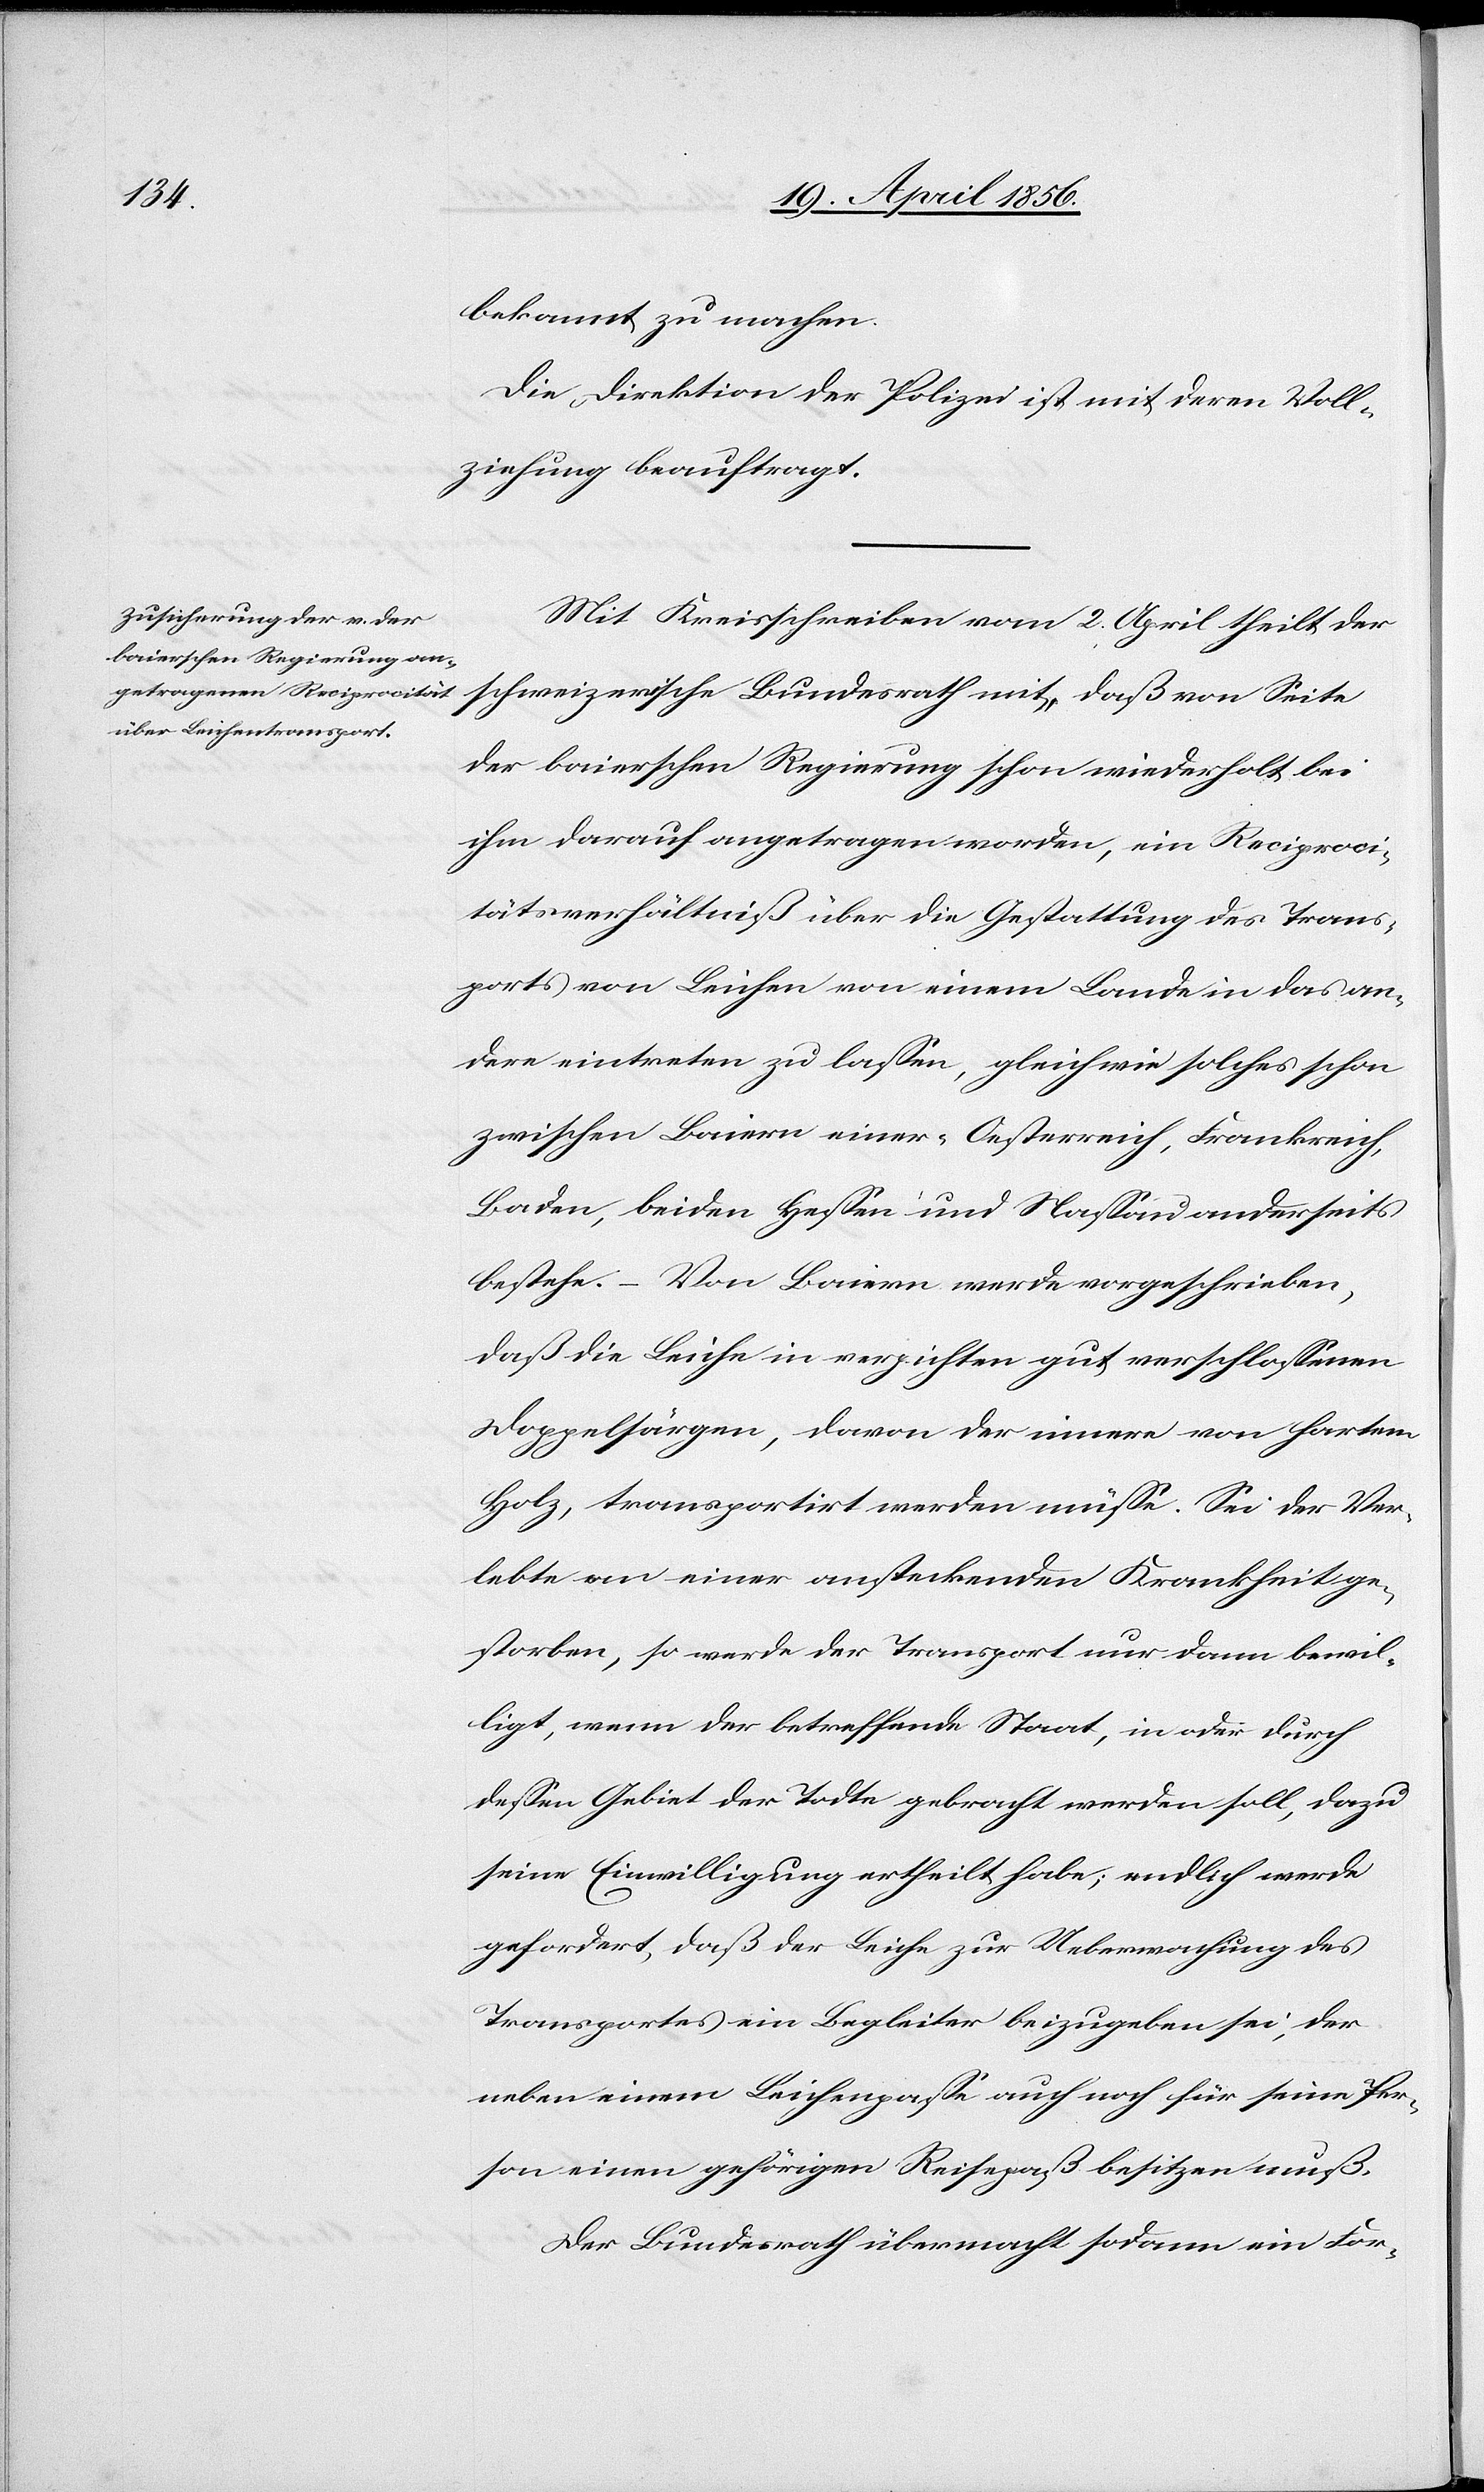
bekannt zu machen.
Die Direktion der Polizei ist mit deren Voll¬
ziehung beauftragt.
Mit Kreisschreiben vom 2. April theilt der
schweizerische Bundesrath mit, daß von Seite
der baierschen Regierung schon wiederholt bei
ihm darauf angetragen worden, ein Reciproci¬
tätsverhältniß über die Gestattung des Trans¬
ports von Leichen von einem Lande in das an¬
dere eintreten zu lassen, gleichwie solches schon
zwischen Baiern einer-[,] Oesterreich, Frankreich,
Baden, beiden Hessen und Nassau anderseits
bestehe. – Von Baiern werde vorgeschrieben,
daß die Leiche in verpichten gut verschlossenen
Doppelsärgen, davon der innere von hartem
Holz, transportirt werden müsse. Sei der Ver¬
lebte an einer ansteckenden Krankheit ge¬
storben, so werde der Transport nur dann bewil¬
ligt, wenn der betreffende Staat, in oder durch
dessen Gebiet der Todte gebracht werden soll, dazu
seine Einwilligung ertheilt habe; endlich werde
gefordert, daß der Leiche zur Ueberwachung des
Transportes ein Begleiter beizugeben sei, der
neben einem Leichenpasse auch noch für seine Per¬
son einen gehörigen Reisepaß besitzen muß.
Der Bundesrath übermacht sodann ein For-